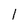
Character: l